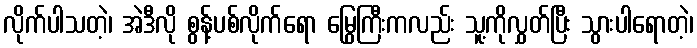
လိုက်ပါသတဲ့၊ အဲဒီလို စွန့်ပစ်လိုက်ရော မြွေကြီးကလည်း သူ့ကိုလွှတ်ပြီး သွားပါရောတဲ့၊